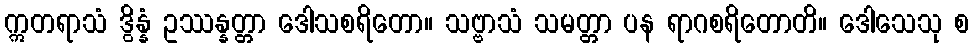
ဣတရာသံ ဒွိန္နံ ဥဿန္နတ္တာ ဒေါသစရိတော။ သဗ္ဗာသံ သမတ္တာ ပန ရာဂစရိတောတိ။ ဒေါသေသု စ